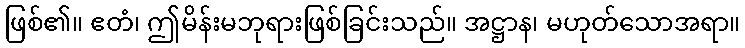
ဖြစ်၏။ ဧတံ၊ ဤမိန်းမဘုရားဖြစ်ခြင်းသည်။ အဋ္ဌာန၊ မဟုတ်သောအရာ။